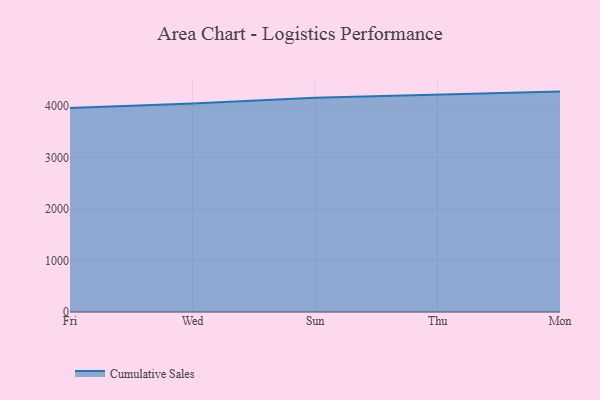
{"axis": {"x": "Day", "y": "Inventory Turnover"}, "legend": ["Cumulative Sales"], "data": [{"x": "Fri", "y": 3963.1, "type": "Cumulative Sales"}, {"x": "Wed", "y": 4051.3, "type": "Cumulative Sales"}, {"x": "Sun", "y": 4163.1, "type": "Cumulative Sales"}, {"x": "Thu", "y": 4224.9, "type": "Cumulative Sales"}, {"x": "Mon", "y": 4280.3, "type": "Cumulative Sales"}]}